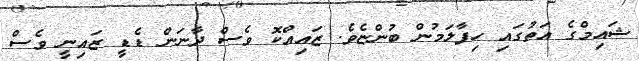
ޝައިމްގެ އަތުގައި ހިފާލަމުން ބުންޏެވެ. ޒައިއްކޮ ވެސް ދާނަން ޑެޑީ ޒައިނީ ވެސް